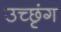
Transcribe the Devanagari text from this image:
उच्छृंग